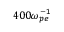
4 0 0 \omega _ { p e } ^ { - 1 }